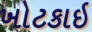
ખોટકાઇ